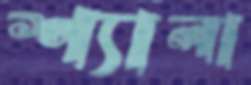
শ্যালা